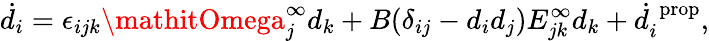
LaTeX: \dot{d}_{i}=\epsilon_{ijk}\mathitOmega_{j}^{\infty}d_{k}+B(\delta_{ij}-d_{i}d_{j})E_{jk}^{\infty}d_{k}+\dot{d}_{i}^{\textrm{\, prop}},